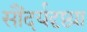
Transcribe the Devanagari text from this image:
सौंदर्यदृष्ट्या